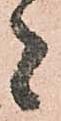
者